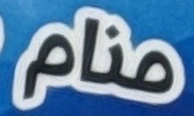
منام